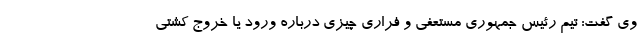
وی گفت: تیم رئیس جمهوری مستعفی و فراری چیزی درباره ورود یا خروج کشتی